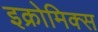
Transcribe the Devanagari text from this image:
इक्रोमिक्स